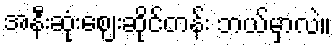
အနီးဆုံးဈေးဆိုင်တန်း ဘယ်မှာလဲ။